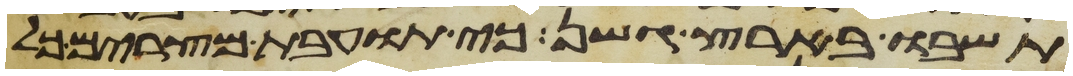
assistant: תשבו בארץ גשן כי תועבת מצרים כל